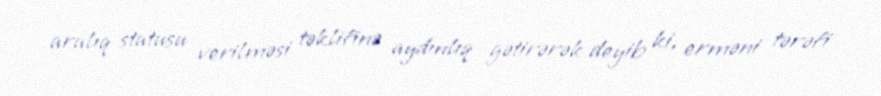
aralıq statusu verilməsi təklifinə aydınlıq gətirərək deyib ki, erməni tərəfi